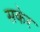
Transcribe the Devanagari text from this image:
सकेर